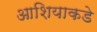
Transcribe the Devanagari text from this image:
आशियाकडे